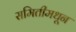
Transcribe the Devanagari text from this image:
समितीमधून